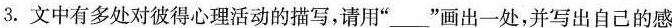
3.文中有多处对彼得心理活动的描写，请用”___”画出一处，并写出自己的感